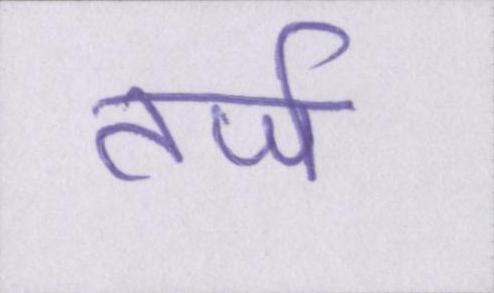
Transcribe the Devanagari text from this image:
तर्ज